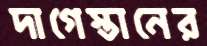
দাগেস্তানের